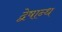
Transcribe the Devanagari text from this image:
द्वेषान्ध